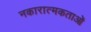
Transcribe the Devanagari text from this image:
नकारात्मकताओं